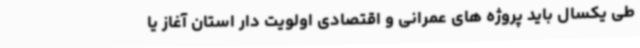
طی یکسال باید پروژه های عمرانی و اقتصادی اولویت دار استان آغاز یا